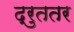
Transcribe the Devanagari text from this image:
द्रुततर